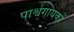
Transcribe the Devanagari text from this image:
पार्श्वगायकों